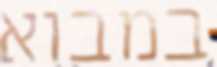
במבוא